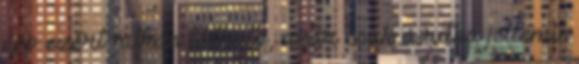
épp ezért ritkán látható, akár csak a ritka jellemű